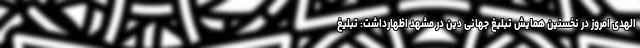
الهدی امروز در نخستین همایش تبلیغ جهانی دین در مشهد اظهارداشت: تبلیغ